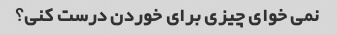
نمی خوای چیزی برای خوردن درست کنی؟